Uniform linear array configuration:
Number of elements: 32
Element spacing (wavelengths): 0.75
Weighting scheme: blackman
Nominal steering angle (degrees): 45
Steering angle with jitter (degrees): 44.053
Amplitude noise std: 0.05
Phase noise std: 0.05

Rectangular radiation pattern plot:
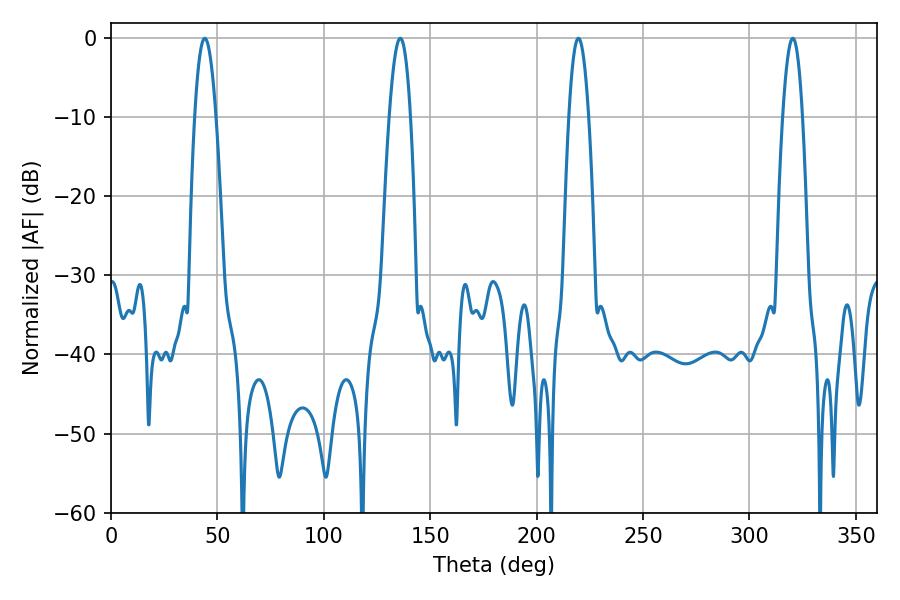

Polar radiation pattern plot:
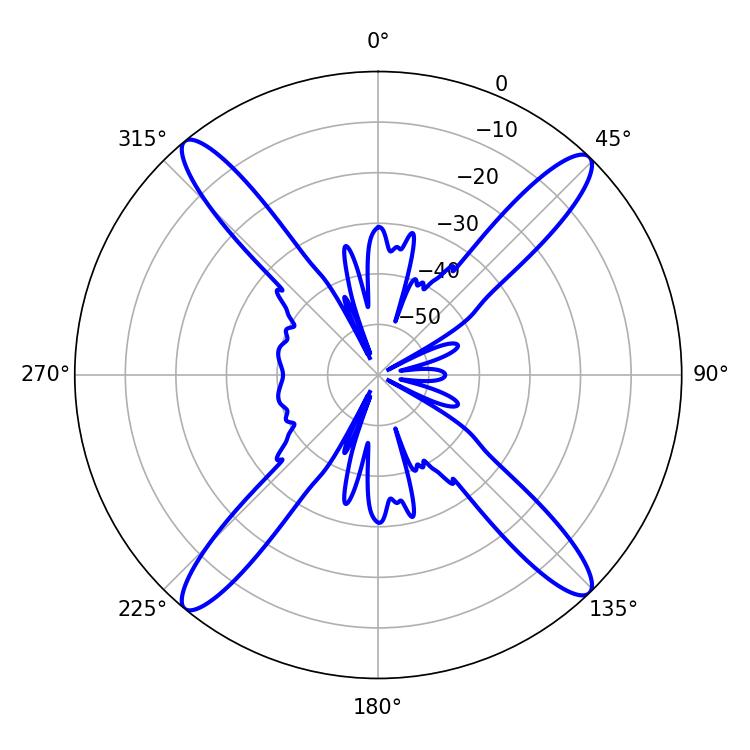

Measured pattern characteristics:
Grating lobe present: TRUE
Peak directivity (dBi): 19.757
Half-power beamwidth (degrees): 5.22
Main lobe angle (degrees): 219.6